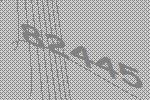
82445